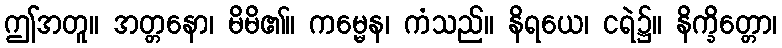
ဤအတူ။ အတ္တနော၊ မိမိ၏။ ကမ္မေန၊ ကံသည်။ နိရယေ၊ ငရဲ၌။ နိက္ခိတ္တော၊